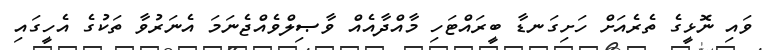
ވައި ނޮޅީގެ ތެރެއަށް ހަށިގަނޑާ ބީރައްޓަހި މާއްދާއެއް ވާޞިލްވެއްޖެނަމަ އެނަރުވާ ތަކުގެ އެހީގައި